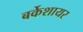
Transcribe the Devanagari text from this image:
बर्केशायर